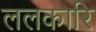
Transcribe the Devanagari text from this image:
ललकारि